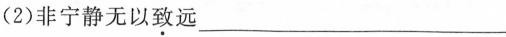
(2)非宁静无以\underline{致}远___